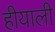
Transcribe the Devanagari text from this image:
हीयाली